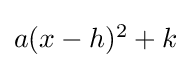
\textstyle a(x-h)^{2}+k